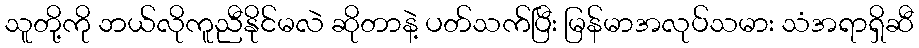
သူတို့ကို ဘယ်လိုကူညီနိုင်မလဲ ဆိုတာနဲ့ ပတ်သက်ပြီး မြန်မာအလုပ်သမား သံအရာရှိဆီ